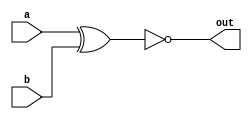
/* XNOR */
module top_module( 
    input a, 
    input b, 
    output out );
    xnor(out,a,b);
endmodule